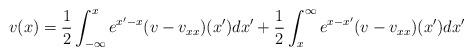
LaTeX: \begin{align*}v(x)&=\dfrac{1}{2}\int_{-\infty}^x e^{x'-x}(v-v_{xx})(x')dx'+\dfrac{1}{2}\int_x^\infty e^{x-x'}(v-v_{xx})(x')dx'\end{align*}